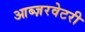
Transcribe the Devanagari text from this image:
आब्ज़रवेटरी